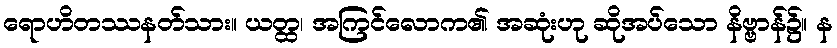
ရောဟိတဿနတ်သား။ ယတ္ထ၊ အကြင်လောက၏ အဆုံးဟု ဆိုအပ်သော နိဗ္ဗာန်၌။ န